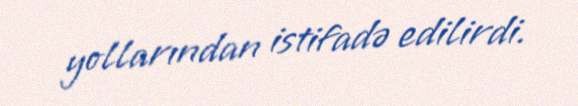
yollarından istifadə edilirdi.